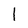
Character: l